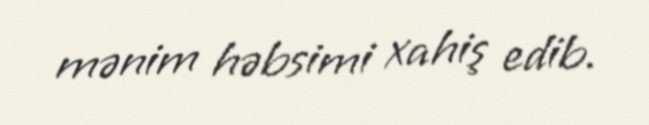
mənim həbsimi xahiş edib.